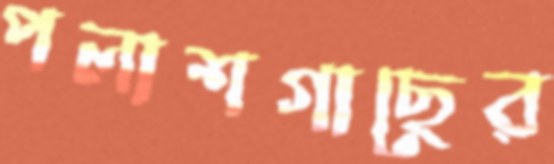
পলাশগাছের